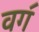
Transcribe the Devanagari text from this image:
वग॔